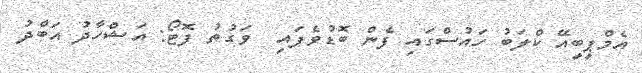
އެމްޕީބީއޭ ކްލަބު ހައުސްގައި ފެން ބޮޑުވެފައި  ވަގުތު ފޮޓޯ: އަޝްހާދު އަބްދު